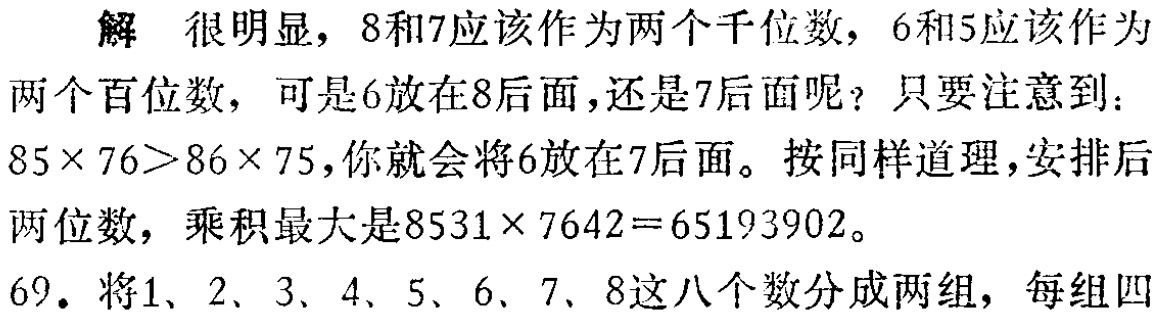
解 很明显，8和7应该作为两个千位数，6和5应该作为

两个百位数，可是6放在8后面，还是7后面呢？只要注意到：

\(85\times 76>86\times 75\)，你就会将6放在7后面。按同样道理，安排后

两位数，乘积最大是\(8531\times 7642 = 65193902\)。

69. 将1、2、3、4、5、6、7、8这八个数分成两组，每组四